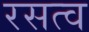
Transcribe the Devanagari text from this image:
रसत्व